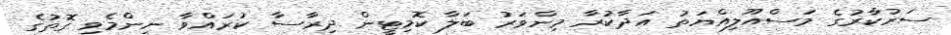
ސަރުކާރުގެ މަސްއޫލިއްޔަތު އަދާކުރާ މިންވަރު ބަލާ ކޮމިޓީން ދިރާސާ ކުރައްވާ ނިންމެވި ގޮތުގެ